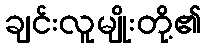
ချင်းလူမျိုးတို့၏